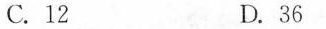
C.12 D.36